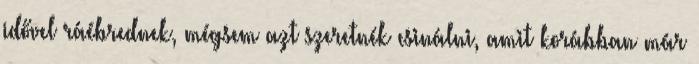
idővel ráébrednek, mégsem azt szeretnék csinálni, amit korábban már